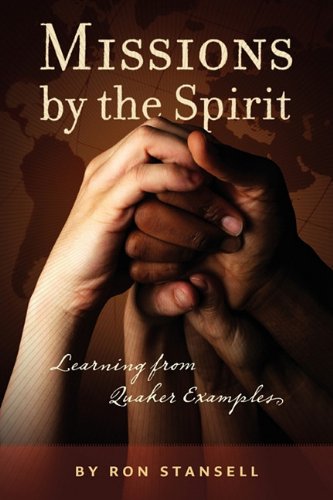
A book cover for Missions by the Spirit; Ron Stansell; Christian Books & Bibles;